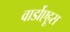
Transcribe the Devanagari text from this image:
वार्डोएहूस